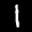
Label: 1